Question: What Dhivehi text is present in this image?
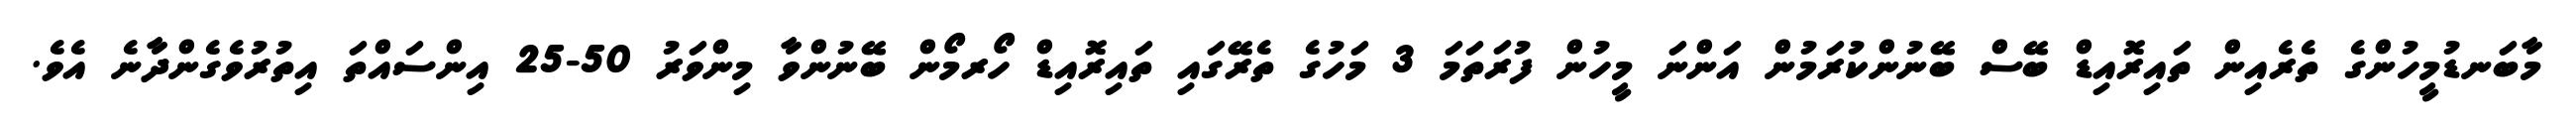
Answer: މާބަނޑުމީހުންގެ ތެރެއިން ތައިރޮއިޑް ބޭސް ބޭނުންކުރަމުން އަންނަ މީހުން ފުރަތަމަ 3 މަހުގެ ތެރޭގައި ތައިރޮއިޑް ހޯރމޯން ބޭނުންވާ މިންވަރު 50-25 އިންސައްތަ އިތުރުވެގެންދާނެ އެވެ.